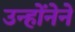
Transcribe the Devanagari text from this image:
उन्होंनेने